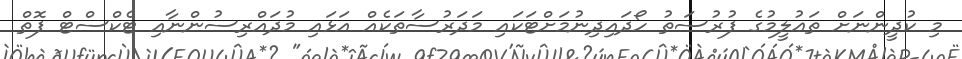
މި ކުދީންނަށް ތަޢުލީމުގެ ފުރުސަތު ހޯދައިދިނުމަށްޓަކައި މަދަރުސާތަކެއް އަޅައި މުދައްރިސުންނާއި ޓެކްސްޓް ފޮތް